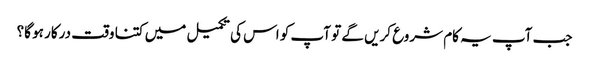
جب آپ یہ کام شروع کریں گے تو آپ کو اس کی تکمیل میں کتنا وقت درکار ہو گا؟